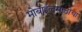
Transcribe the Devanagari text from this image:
मोबाईलसाठीचा